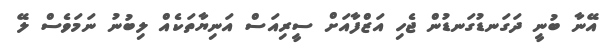
އޭނާ ބުނީ ދަގަނޑުގަނޑުން ޖެހި އަޒްފާއަށް ސީރިއަސް އަނިޔާތަކެއް ލިބުނު ނަމަވެސް ލޭ